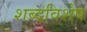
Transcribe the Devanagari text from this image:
शब्दविशेष